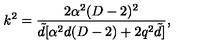
k ^ { 2 } = \frac { 2 \alpha ^ { 2 } ( D - 2 ) ^ { 2 } } { { \tilde { d } } [ \alpha ^ { 2 } d ( D - 2 ) + 2 q ^ { 2 } { \tilde { d } } ] } ,